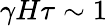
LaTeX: \gamma H\tau\sim 1